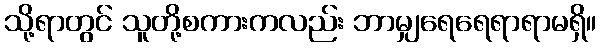
သို့ရာတွင် သူတို့စကားကလည်း ဘာမျှရေရေရာရာမရှိ။